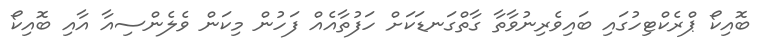
ބޮއިކޯ ޕްރެކްޓިހުގައި ބައިވެރިނުވާތާ ގާތްގަނޑަކަށް ހަފުތާއެއް ފަހުން މިކަން ވެލެންސިއާ އާއި ބޮއިކޯ